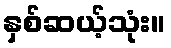
နှစ်ဆယ့်သုံး။